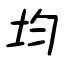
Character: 均